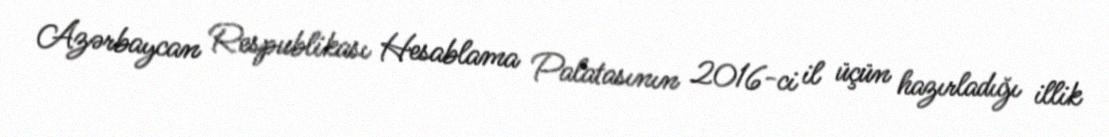
Azərbaycan Respublikası Hesablama Palatasının 2016-ci il üçün hazırladığı illik